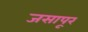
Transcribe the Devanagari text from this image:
जसापूर